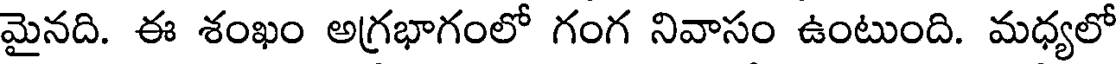
మైనది. ఈ శంఖం అగ్రభాగంలో గంగ నివాసం ఉంటుంది. మధ్యలో